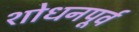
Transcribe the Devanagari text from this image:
शोधनपूर्व